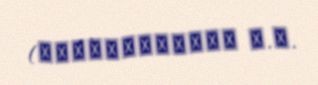
(Петрушевский И.П.